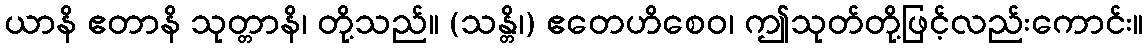
ယာနိ ဧတာနိ သုတ္တာနိ၊ တို့သည်။ (သန္တိ၊) ဧတေဟိစေဝ၊ ဤသုတ်တို့ဖြင့်လည်းကောင်း။